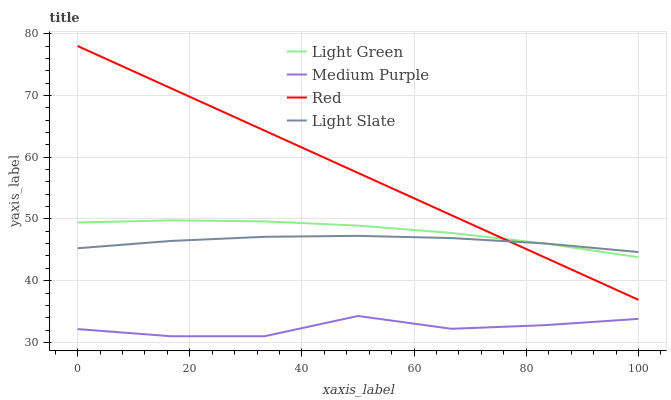
| xaxis_label | Light Green | Medium Purple | Red | Light Slate |
 | --- | --- | --- | --- | --- |
 | 0 | 49.4 | 32.2 | 78 | 45.3 |
 | 16.7 | 49.8 | 31 | 71.1 | 46.4 |
 | 33.3 | 49.6 | 31 | 64.3 | 47.1 |
 | 50 | 48.9 | 34.3 | 57.4 | 47.3 |
 | 66.7 | 47.7 | 32.2 | 50.6 | 46.9 |
 | 83.3 | 46 | 32.8 | 43.7 | 46 |
 | 100 | 43.8 | 33.8 | 36.9 | 44.6 |